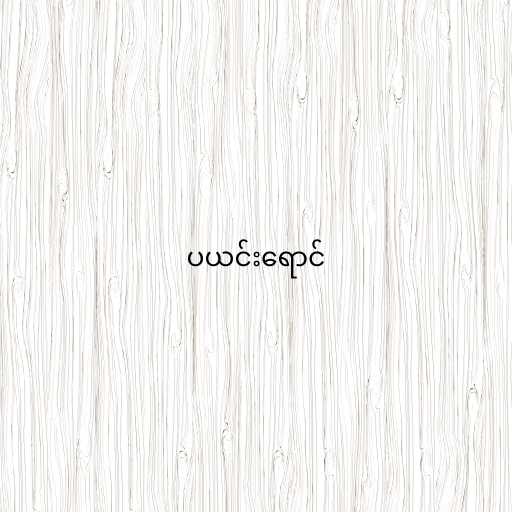
ပယင်းရောင်